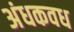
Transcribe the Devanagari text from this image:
अंधकवध